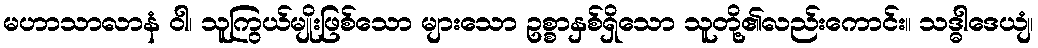
မဟာသာလာနံ ဝါ၊ သူကြွယ်မျိုးဖြစ်သော များသော ဥစ္စာနှစ်ရှိသော သူတို့၏လည်းကောင်း။ သဒ္ဓါဒေယျံ၊